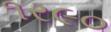
૧ર૯૦